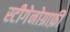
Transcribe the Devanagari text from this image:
स्टीगेनोग्राफ़ी